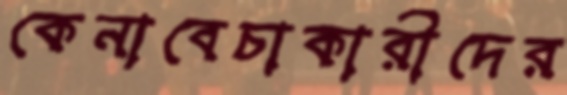
কেনাবেচাকারীদের